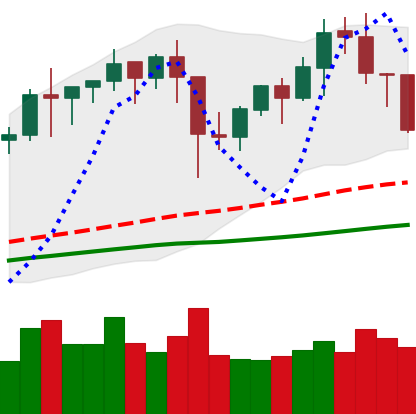
Ticker: BNB-USD
Chart end date: 2021-01-21
Forward return: 7.889%
Label: up_7plus